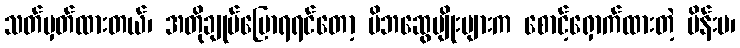
သတ်မှတ်ထားတယ်၊ အတိုချုပ်ပြောရရင်တော့ မိဘဆွေမျိုးများက စောင့်ရှောက်ထားတဲ့ မိန်းမ၊